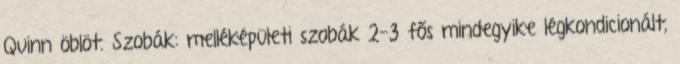
Quinn öblöt. Szobák: melléképületi szobák 2-3 fős mindegyike légkondicionált,